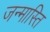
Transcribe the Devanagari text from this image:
जन्मास्ति